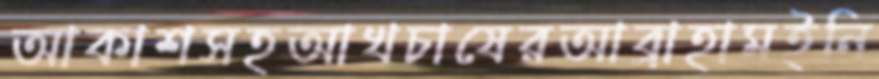
আকাশসহআখচাষেরআব্রাহামইনি